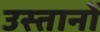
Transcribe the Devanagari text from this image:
उस्तानों